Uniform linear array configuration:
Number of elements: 16
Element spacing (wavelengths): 0.5
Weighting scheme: blackman
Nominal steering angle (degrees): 0
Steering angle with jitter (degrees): -0.3981
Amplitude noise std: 0.05
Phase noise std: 0.05

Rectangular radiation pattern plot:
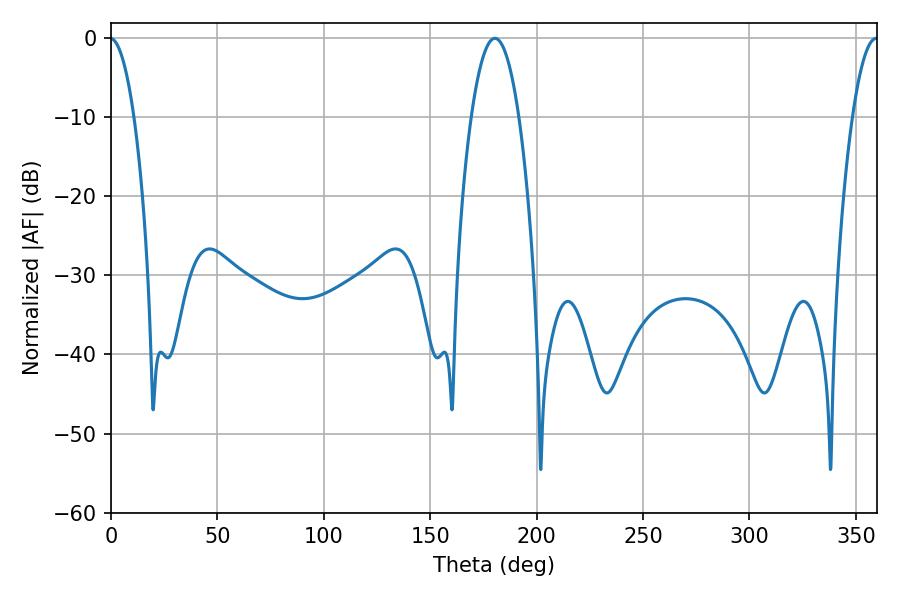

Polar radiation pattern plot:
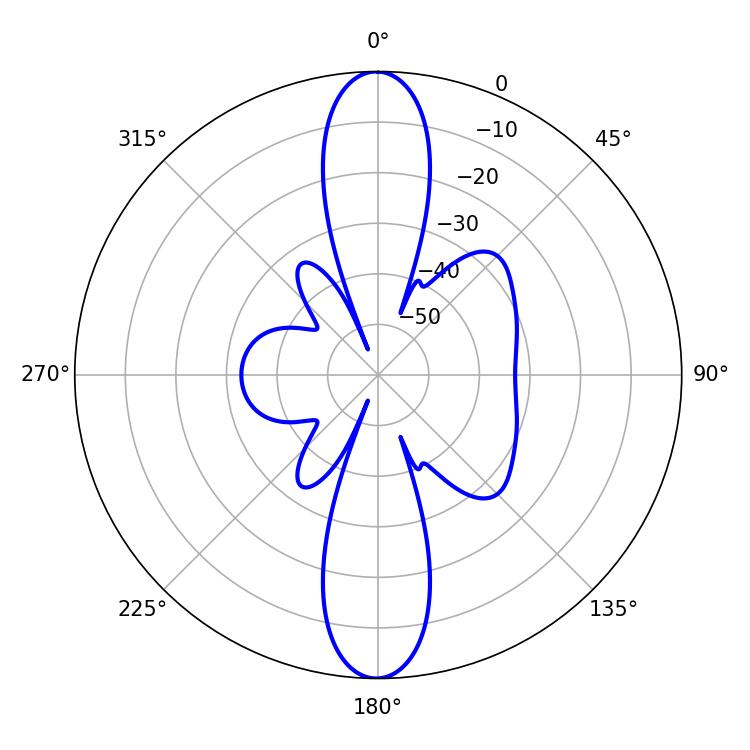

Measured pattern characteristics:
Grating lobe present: FALSE
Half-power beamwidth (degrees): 12.42
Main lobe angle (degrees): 180.36